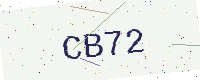
Text: CB72